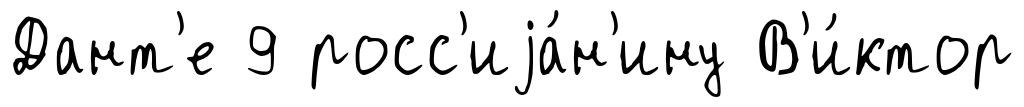
Дант'е 9 росс'иjа́н'ину В'и́ктор